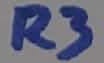
Text: R3